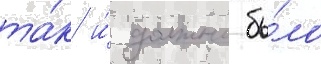
та́к и́ должно бы́ло